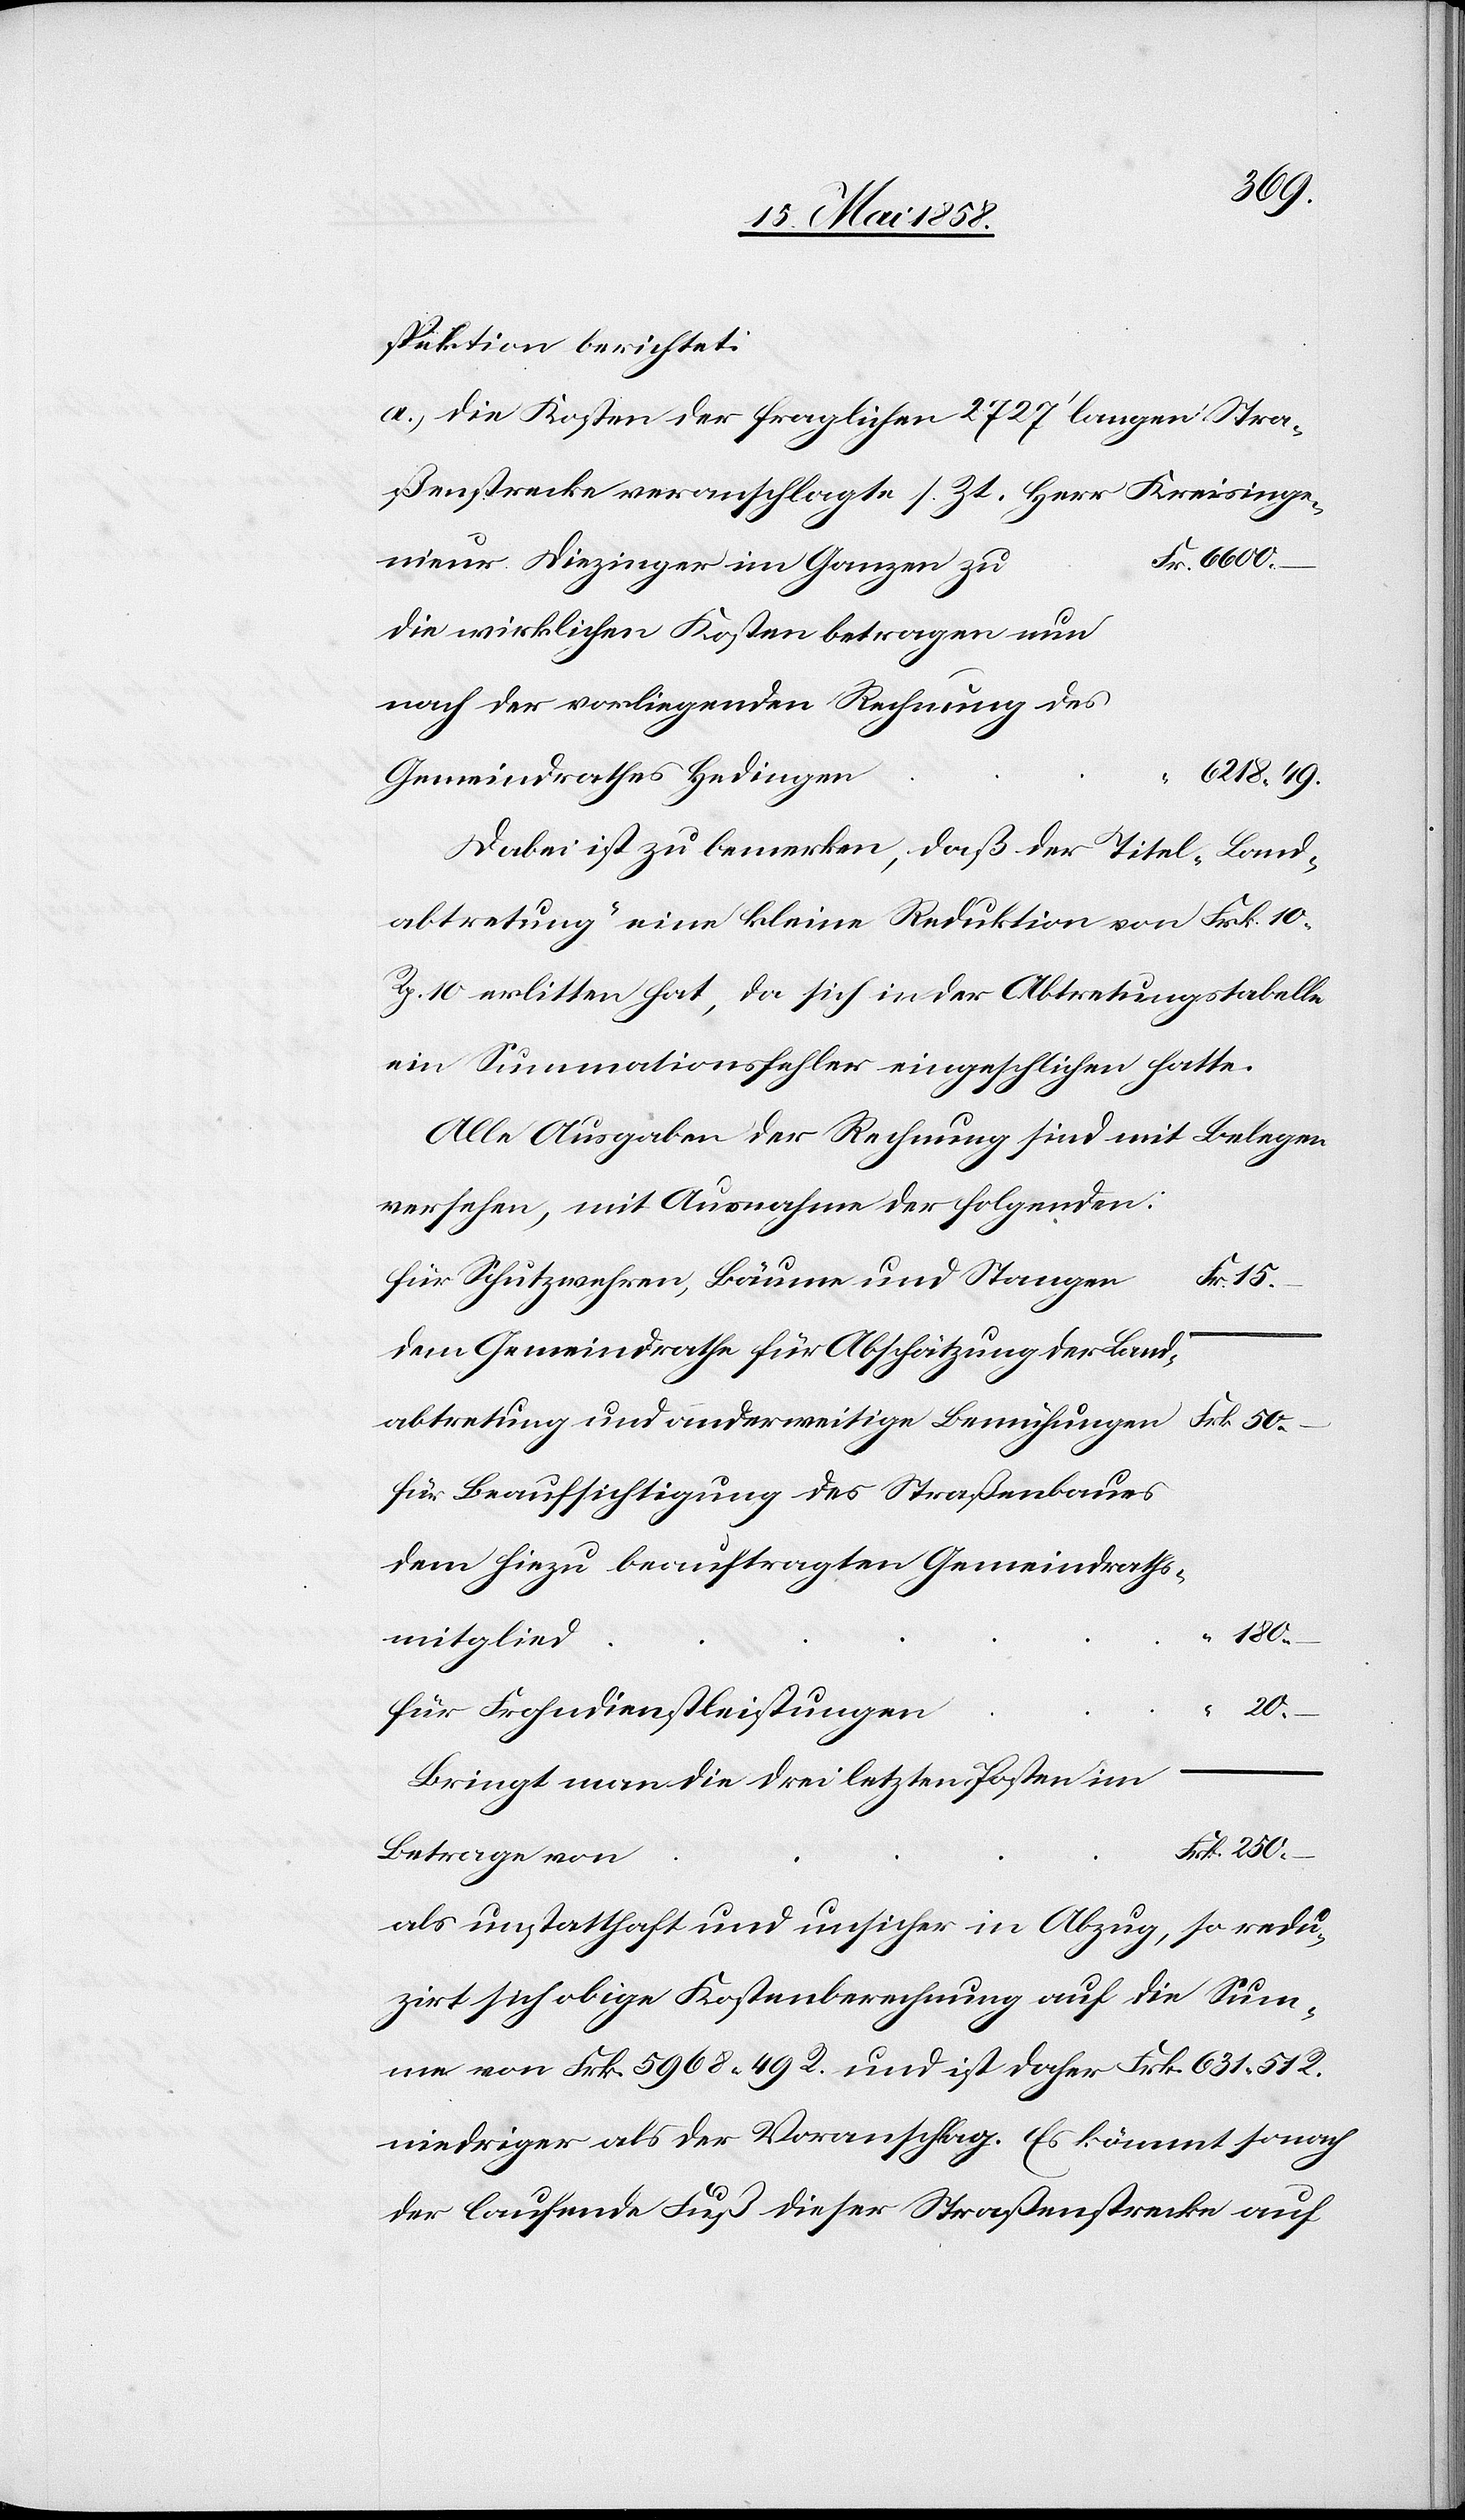
spektion berichtet:
a) Die Kosten der fraglichen 2727’ langen Stra¬
ßenstrecke veranschlagte s. Zt. Herr Kreisinge¬
nieur Diezinger im Ganzen zu
die wirklichen Kosten betragen nun
nach der vorliegenden Rechnung
Gemeindrathes Hedingen
Dabei ist zu bemerken, daß der Titel „Land¬
abtretung“ eine kleine Reduktion von Frk. 10
Rp. 10 erlitten hat, da sich in der Abtretungstabelle
ein Summationsfehler eingeschlichen hatte.
Alle Ausgaben der Rechnung sind mit Belegen
versehen, mit Ausnahme der folgenden:
für Schutzwehren, Bäume und Stangen
dem Gemeindrathe für Abschätzung der Land¬
abtretung und anderweitige Bemühungen
für Bauaufsichtigung des Straßenbaues
dem hiezu beauftragten Gemeindraths¬
180
mitglied
Für Frohndienstleistungen
Bringt man die drei letzten Posten im
Betrage von
als unstatthaft und unsicher in Abzug, so redu¬
zirt sich obige Kostenberechnung auf die Sum¬
me von Frk. 5968 49 R. und ist daher Frk. 631 51 R.
niedriger als der Voranschlag. Es kömmt so noch
der laufende Fuß dieser Straßenstrecke auf